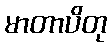
မာတာပိတု